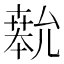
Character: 𫧨